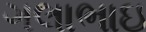
ગલાભાઇ